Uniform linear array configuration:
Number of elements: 12
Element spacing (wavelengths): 0.5
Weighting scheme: uniform
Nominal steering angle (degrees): -60
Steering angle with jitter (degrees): -61.073
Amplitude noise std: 0.05
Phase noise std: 0.05

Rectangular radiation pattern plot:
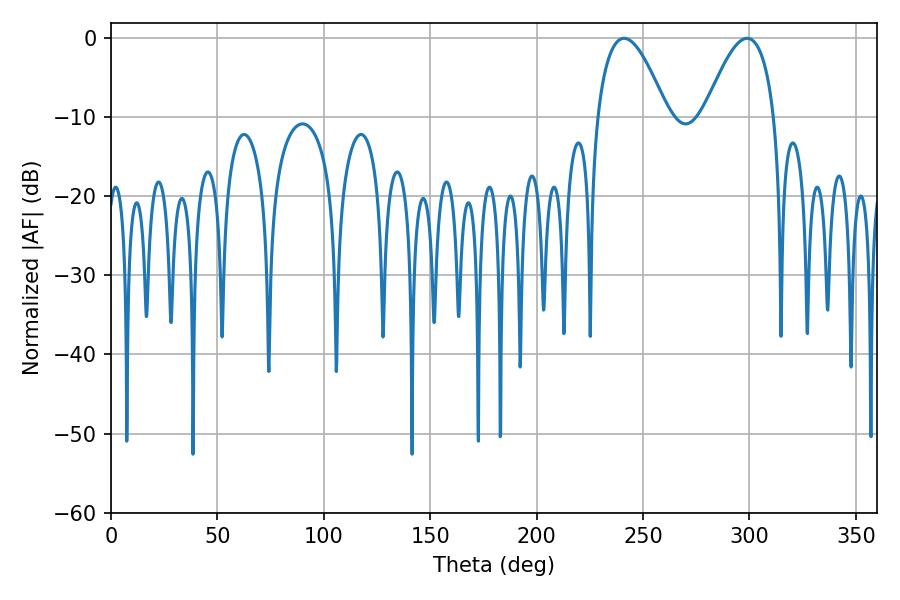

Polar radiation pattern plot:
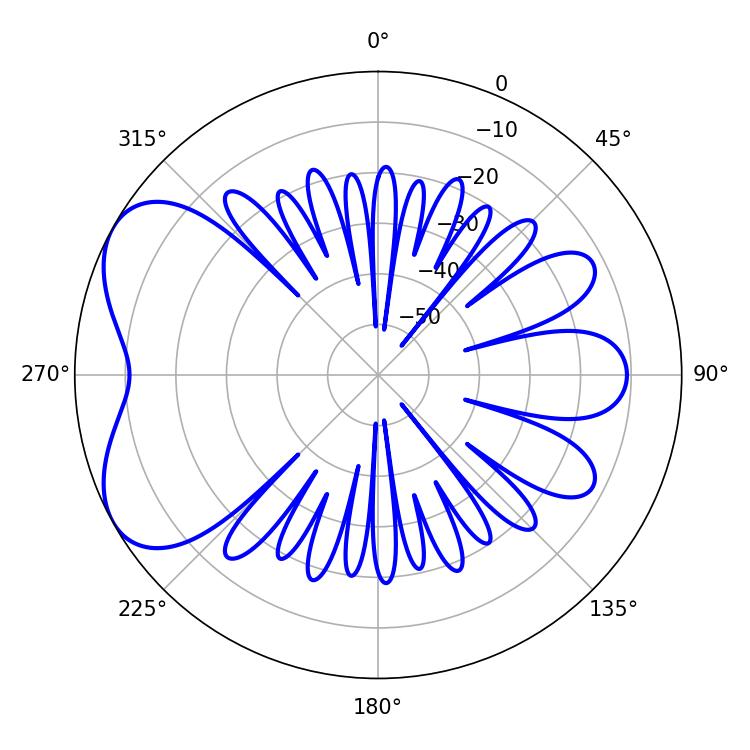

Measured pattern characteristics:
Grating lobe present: FALSE
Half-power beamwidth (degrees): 18
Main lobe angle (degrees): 241.02